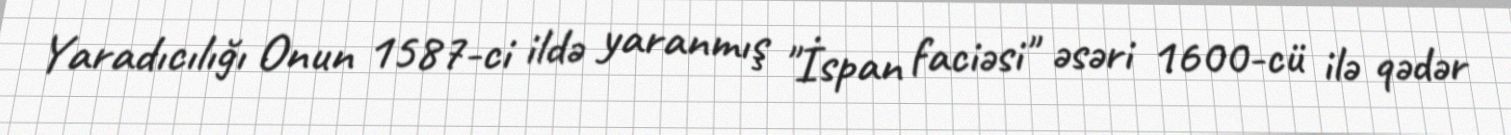
Yaradıcılığı Onun 1587-ci ildə yaranmış "İspan faciəsi" əsəri 1600-cü ilə qədər